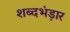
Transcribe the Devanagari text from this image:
शब्दभंड़ार